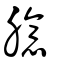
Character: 臆